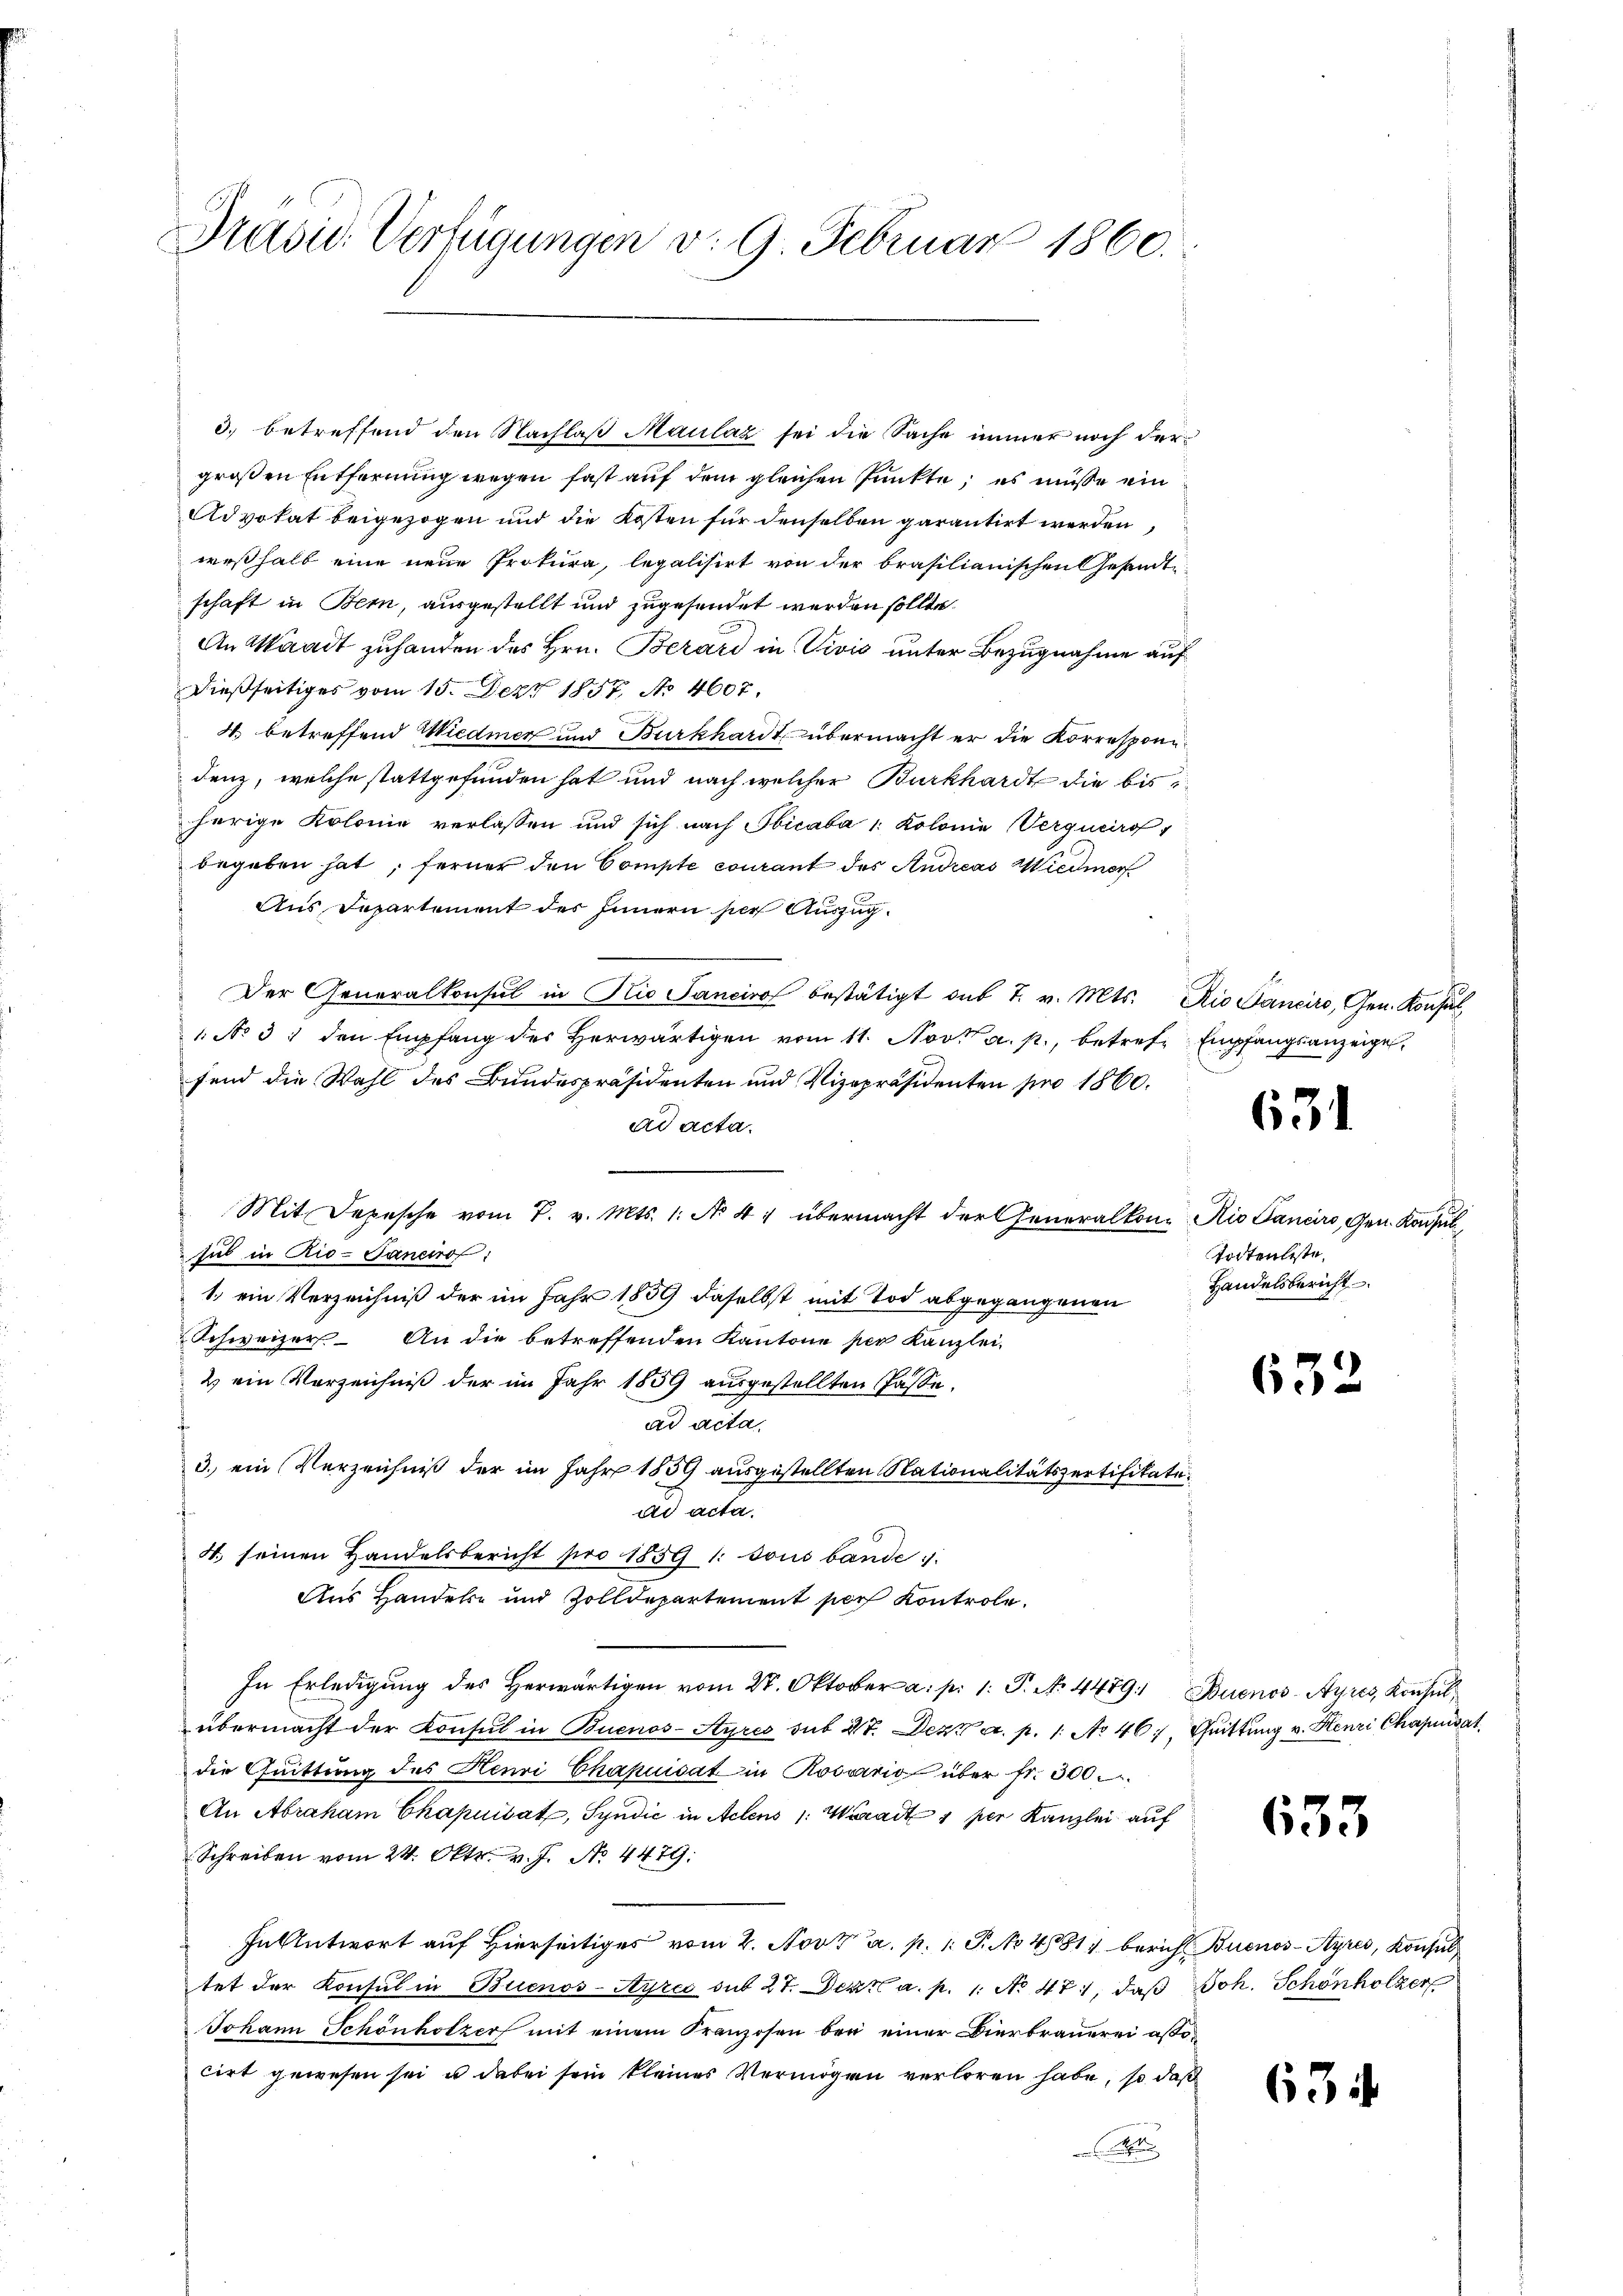
Präsid. Verfügungen v. 9. Februar 1860.

3.) betreffend den Nachlaß Maulaz sei die Sache immer noch der
großen Entfernung wegen fast auf dem gleichen Punkte, es müsse ein
Advokat beigezogen und die Kosten für denselben garantirt werden
weßhalb eine neue Prokura, legalisirt von der brasilianischen Gesandte
schaft in Bern, ausgestellt und zugesendet werden sollte.
An Waadt zuhanden des Hrn. Berard in Vivić unter Bezugnahme auf
dießseitiges vom 15. Dez. 1857, No 4607.
4. betreffend Wiedmer und Burkhardt, übermacht er die Korresponidenz, welche stattgefunden hat und nach welcher Burkhardt die bis
herige Kolonie verlassen und sich nach Sbicaba 1: Kolonie Vergucirt
begeben hat; ferner den Compte courant des Andreas Wiedmer
Aus Departement des Innern her Auszug.
Der Generalkonsul in Rio Sanciro bestätigt sub 7. v. Mts. Die Ganciro, Gen. Konsul
1 No 31 den Empfang des Herwärtigen vom 11. Nov. a. p., betreff Empfangsanzeige,
fend die Wahl des Bundespräsidenten und Vizepräsidenten pro 1860.
ad acta.
.
Mit Depesche vom 7. v. Mts. 1. No 47 übermacht der Generalkon-Rio Sancirs, Gen. Konsin
sul in Rio-Janeiro
1. ein Verzeichniß der im Jahr 1859 daselbst mit Tod abgegangenen
Schweizer. An die betreffenden Kantone per Kanzlei-
2 ein Vorzeichniß der im Jahr 1859 ausgestellten Pässe.
ad acta,
3.) ein Verzeichniß der im Jahr 1859 ausgestellten Nationalitätszertifikatead acta.
4. seinen Handelsbericht pro 1859 1: sous bande
Aus Handels- und Zolldepartement sich Kontrole.
In Erledigung des Herwärtigen vom 27. Oktober a. p. 1. P. No. 4489. Buenos-Ayres, Konsul
übermacht der Konsul in Buenos-Ayres sub 27. Dez. a. p. 1. No 46, Guittung v. Henri Chapensat
die Quittung des Henri Chapuisat in Rossario über fr. 300.
An Abraham Chapnisatz, Syndić in Actens 1: Waadt 1 per Kanzlei auf
Schreiben vom 24. Oktr. v. J. N. 4479:
In Antwort auf Hierseitiges vom 2. Nov. a. p. 1. P. No 481 berich Buenos-Ayres, Konsul
tet der Konsul in Buenos-Ayres sub 27. Der a. p. 1. No. 47, daß
Johann Schönholzer mit einem Franzosen bei einer Bierbrauerei astocirt gewesen sei u dabei sein kleines Vermögen verloren habe, so daß
t

631

Todtenbeste,
Handelsbericht

632

633

Joh. Schönholzer

634